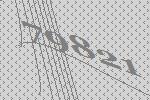
79821